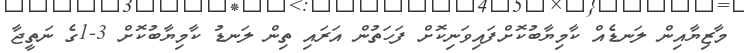
މާޒިޔާއިން ލަނޑެއް ކާމިޔާބުކޮށްފައިވަނިކޮށް ފަހަތުން އަރައި ތިން ލަނޑު ކާމިޔާބުކޮށް 3-1ގެ ނަތީޖާ